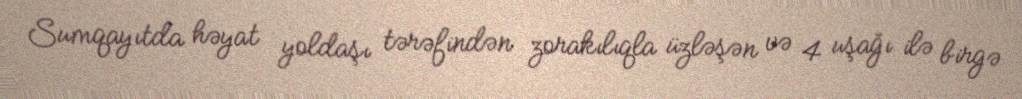
Sumqayıtda həyat yoldaşı tərəfindən zorakılıqla üzləşən və 4 uşağı ilə birgə